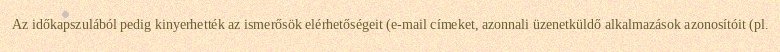
Az időkapszulából pedig kinyerhették az ismerősök elérhetőségeit (e-mail címeket, azonnali üzenetküldő alkalmazások azonosítóit (pl.